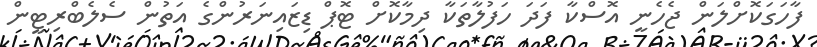
ފާހަގަކޮށްލަން ޖެހެނީ އޮސްކާ ފަދަ ހަފުލާތަކާ ދިމާކޮށް ޓޮޕް ޑިޒައިނަރުންގެ އަތުން ސެލެބްރިޓީން